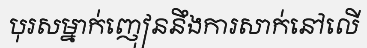
បុរសម្នាក់ញៀននឹងការសាក់នៅលើ